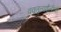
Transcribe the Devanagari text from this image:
वक्तृत्वशैलीची